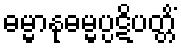
ဓမ္မာနုဓမ္မပ္ပဋိပတ္တိံ